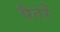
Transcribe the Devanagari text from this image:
पैतरें